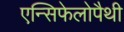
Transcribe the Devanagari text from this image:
एन्सिफेलोपैथी